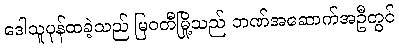
ဒေါသူပုန်ထခဲ့သည် မြဝတီမြို့သည် ဘဏ်အဆောက်အဦတွင်